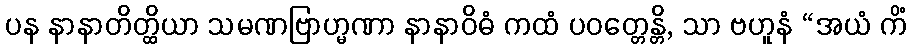
ပန နာနာတိတ္ထိယာ သမဏဗြာဟ္မဏာ နာနာဝိဓံ ကထံ ပဝတ္တေန္တိ, သာ ဗဟူနံ “အယံ ကိံ